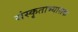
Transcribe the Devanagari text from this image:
संस्कृताभ्यासक